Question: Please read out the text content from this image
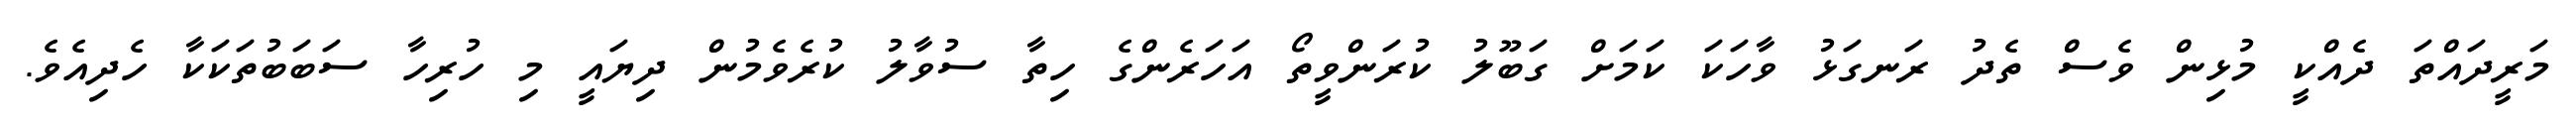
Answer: މަރީދައްތަ ދެއްކީ މުޅިން ވެސް ތެދު ރަނގަޅު ވާހަކަ ކަމަށް ގަބޫލު ކުރަންވީތޯ އަހަރެންގެ ހިތާ ސުވާލު ކުރެވެމުން ދިޔައީ މި ހުރިހާ ސަބަބުތަކަކާ ހެދިއެވެ.